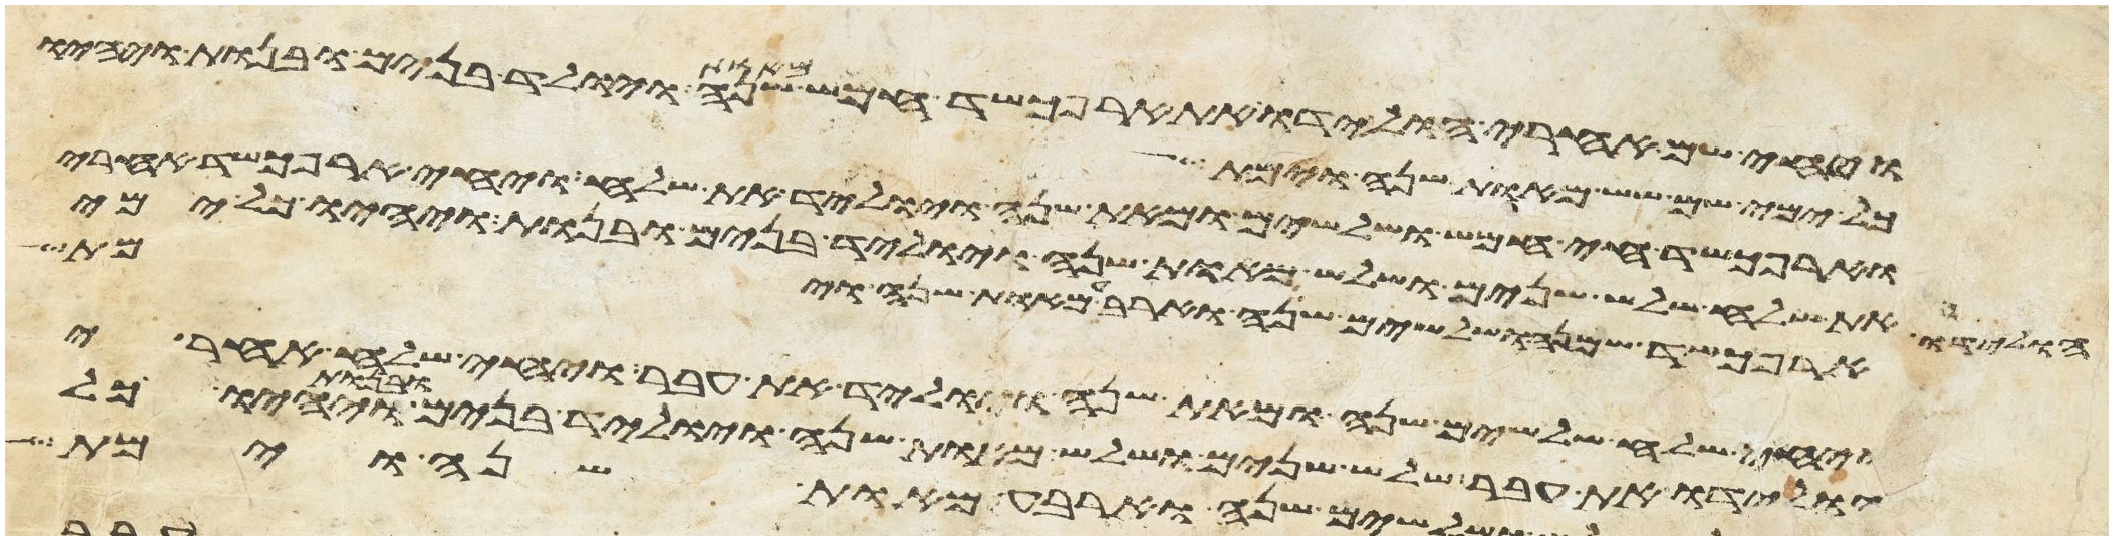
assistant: ויחי שם אחרי הולידו את ארפכשד חמש מאות שנה ויוליד בנים ובנות ויהיו
כל ימי שם שש מאות שנה וימת
וארפכשד חי חמש ושלשים ומאת שנה ויוליד את שלח ויחי ארפכשד אחרי
הולידו את שלח שלש שנים ושלש מאות שנה ויוליד בנים ובנות ויהיו כל ימי
ארפכשד שמנה ושלשים שנה וארבע מאות שנה וימת
ויחי שלח שלשים שנה ומאת שנה ויוליד את עבר ויחי שלח אחרי
הולידו את עבר שלש שנים ושלש מאות שנה ויוליד בנים ובנות ויהיו כל